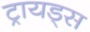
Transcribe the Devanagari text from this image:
ट्रायड्स